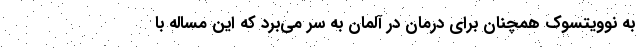
به نوویتسوک همچنان برای درمان در آلمان به سر می‌برد که این مساله با